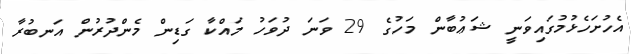
އެހުށަހެޅުމުގައިވަނީ ޝަޢުބާން މަހުގެ 29 ވަނަ ދުވަހު މައްކާ ގަޑިން މެންދުރުން އަނބުރާ